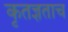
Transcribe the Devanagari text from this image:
कृतज्ञताच